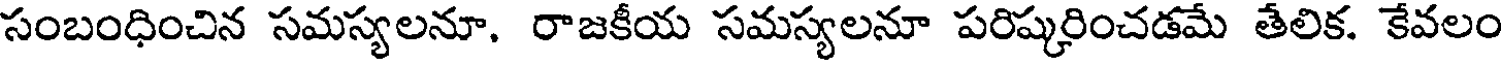
సంబంధించిన సమస్యలనూ, రాజకీయ సమస్యలనూ పరిష్కరించడమే తేలిక. కేవలం